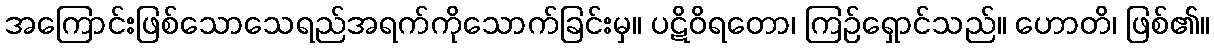
အကြောင်းဖြစ်သောသေရည်အရက်ကိုသောက်ခြင်းမှ။ ပဋိဝိရတော၊ ကြဉ်ရှောင်သည်။ ဟောတိ၊ ဖြစ်၏။